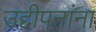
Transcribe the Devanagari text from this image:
उद्दीपनांना